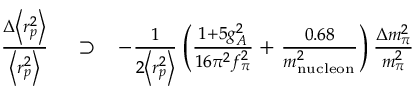
\begin{array} { r l r } { \frac { \Delta \left< r _ { p } ^ { 2 } \right> } { \left< r _ { p } ^ { 2 } \right> } } & { { } \supset } & { - \frac { 1 } { 2 \left< r _ { p } ^ { 2 } \right> } \left( \frac { 1 + 5 g _ { A } ^ { 2 } } { 1 6 \pi ^ { 2 } f _ { \pi } ^ { 2 } } + \frac { 0 . 6 8 } { m _ { \mathrm { n u c l e o n } } ^ { 2 } } \right) \frac { \Delta m _ { \pi } ^ { 2 } } { m _ { \pi } ^ { 2 } } } \end{array}